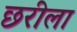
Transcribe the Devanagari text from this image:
छरीला